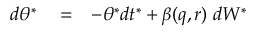
\begin{array} { r l r } { d \theta ^ { * } } & { { } = } & { - \theta ^ { * } d t ^ { * } + \beta ( q , r ) \; d W ^ { * } } \end{array}